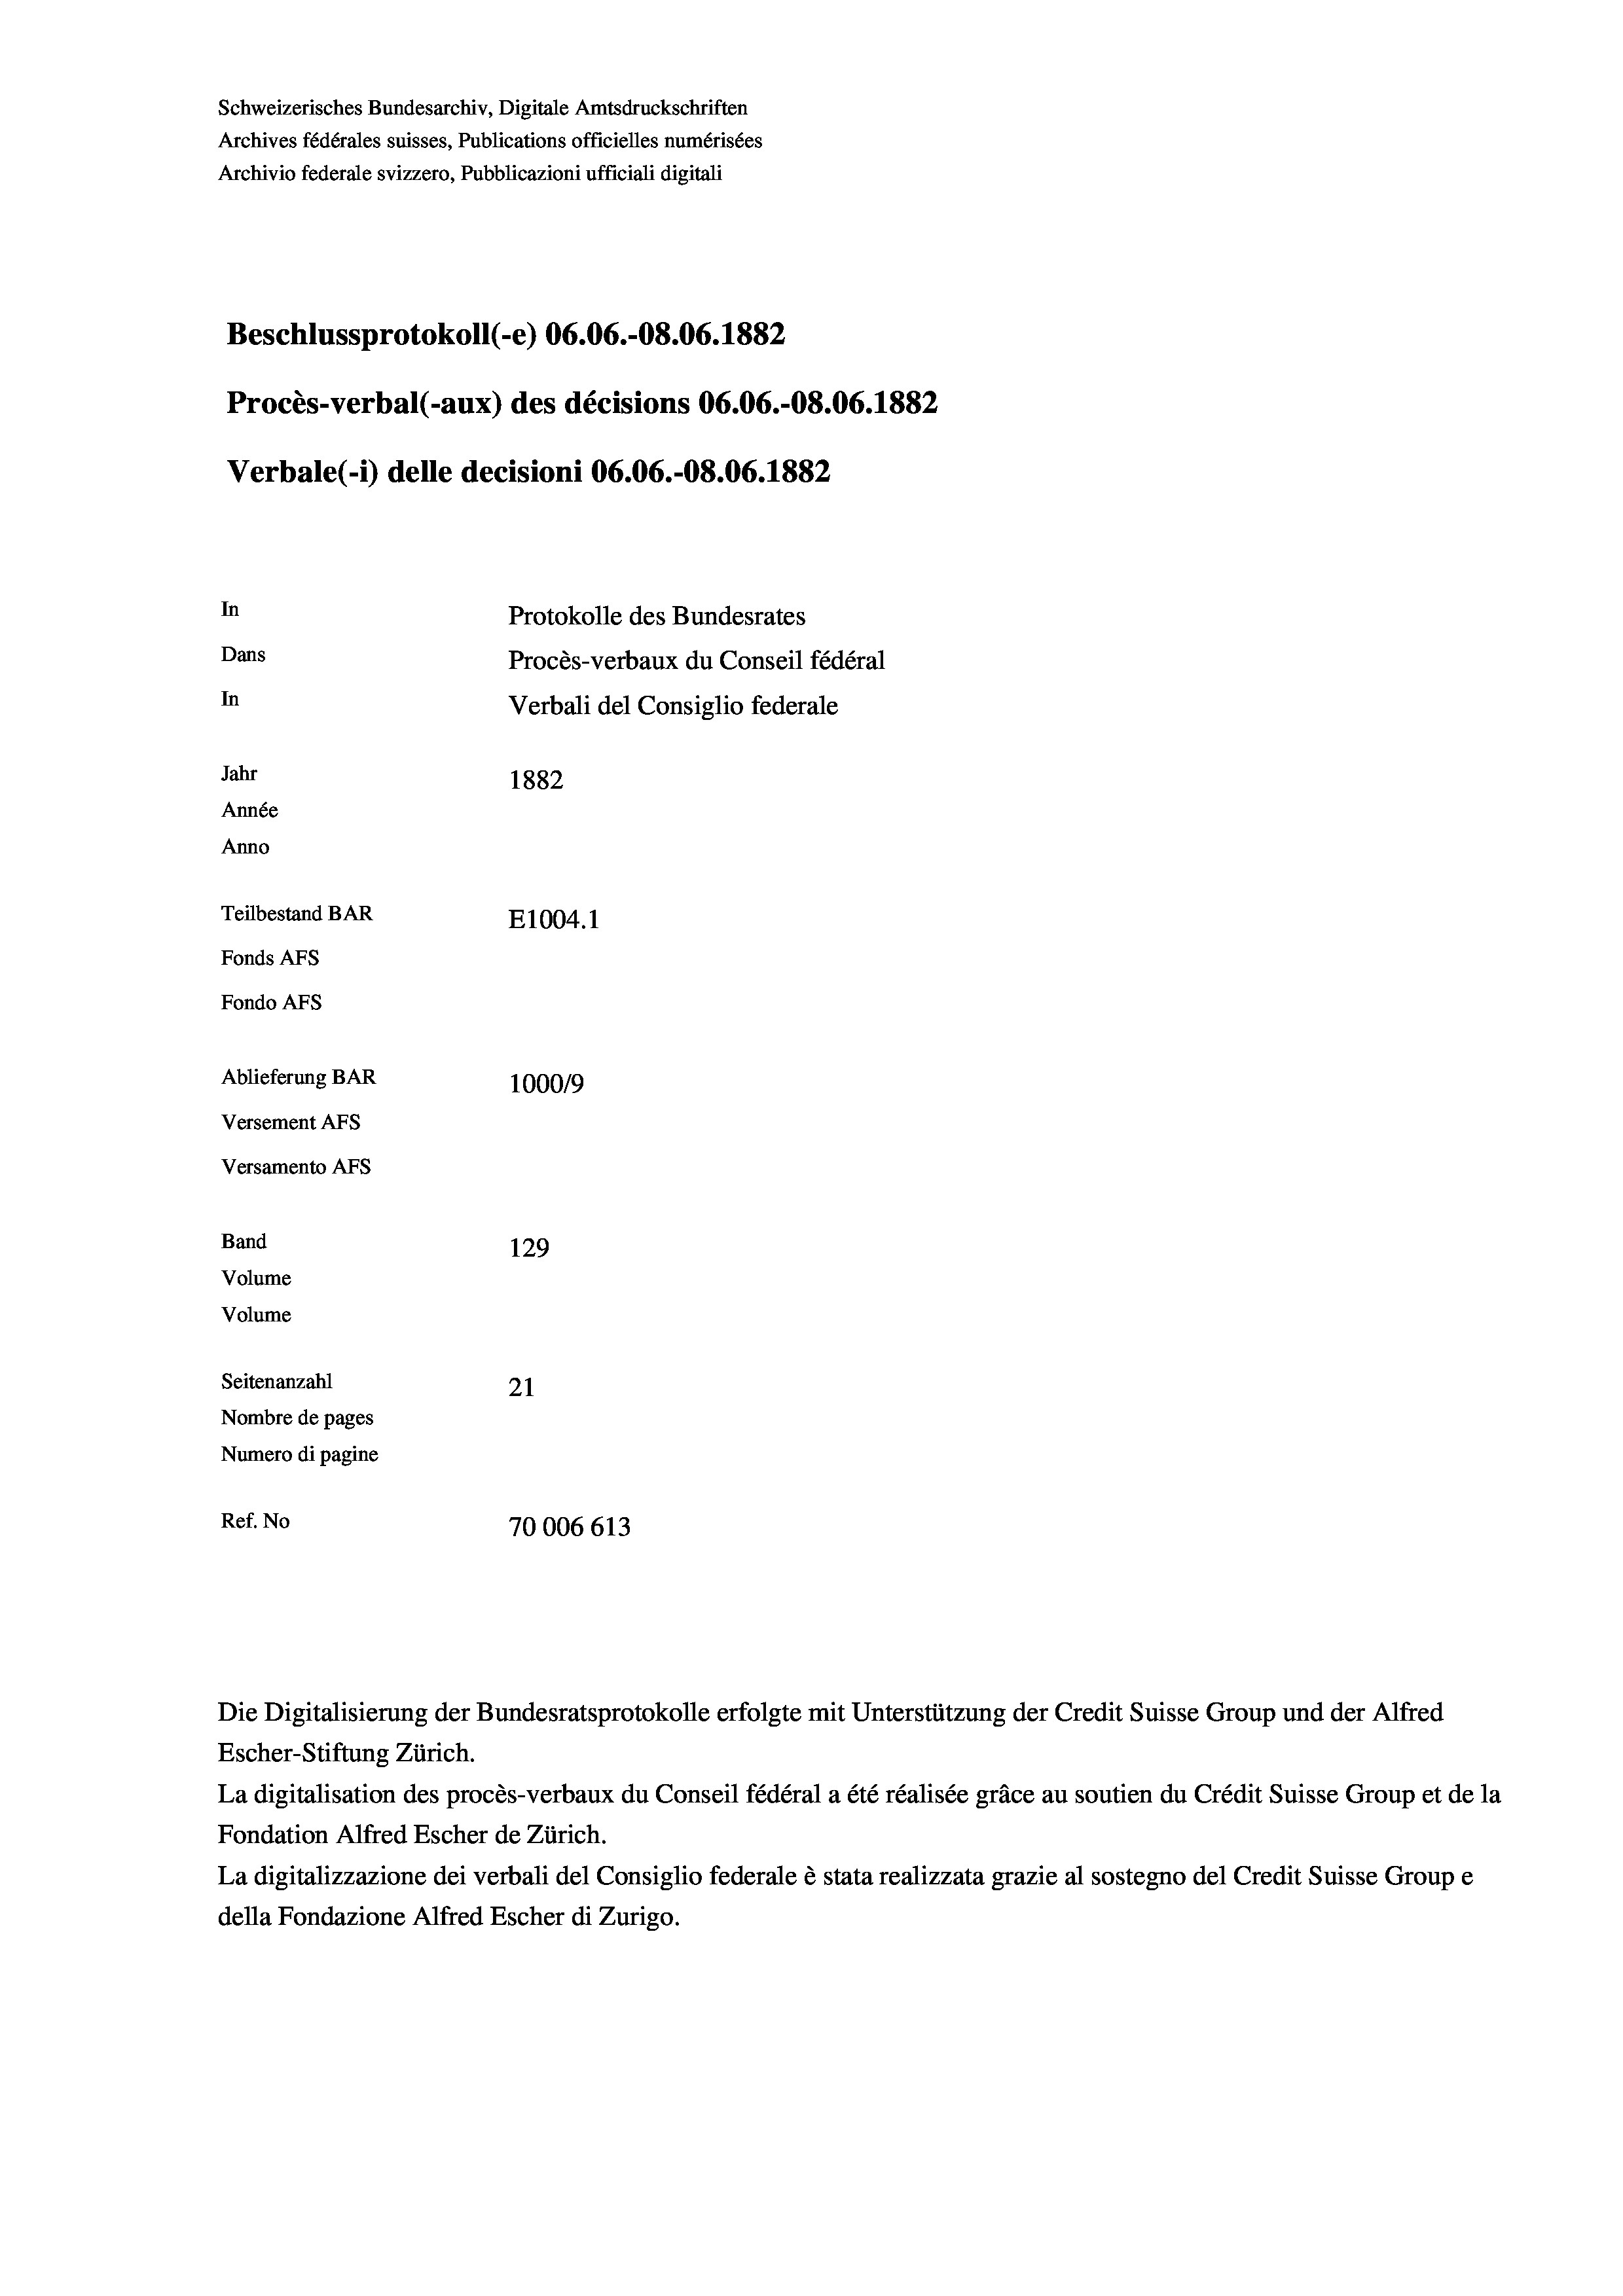
Schweizerisches Bundesarchiv, Digitale Amtsdruckschriften
Archives fédérales suisses, Publications officielles numérisées
Archivio federale svizzero, Pubblicazioni ufficiali digitali
Beschlussprotokoll (-e) 06.06.-O8.06. 1882
Procès-verbal (-aux) des décisions 06.06.-O8.06. 1882
Verbale (- 1) delle decisioni 06.06.-O8.06. 1882
In
Protokolle des Bundesrates
Dans
Procès-verbaux du Conseil fédéral
In
Verbali del Consiglio federale
Jahr
1882
Année
Anno
Teilbestand BAR
E1004. 1
Fonds AFs
Fondo Afs
Ablieferung BAR
100019
Versement AFs
Versamento Afs
Band
129
Volume
Volume
Seitenanzahl
21
Nombre de pages
Numero di pagine
Ref. No
70006613

Escher-Stiftung Zürich.
La digitalisation des procès-verbaux du Conseil fédéral a été réalisée gräce au soutien du Crédit Suisse Group et de la
Fondation Alfred Escher de Zürich.
La digitalizzazione dei verbali del Consiglio federale è stata realizzata grazie al sostegno del Credit Suisse Groupe
della Fondazione Alfred Escher di Zurigo.

Die Digitalisierung der Bundesratsprotokolle erfolgte mit Unterstützung der Credit Suisse Group und der Alfred